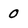
Character: 0